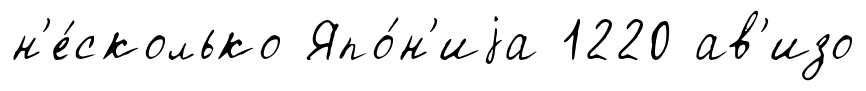
н'е́сколько Япо́н'иjа 1220 ав'изо